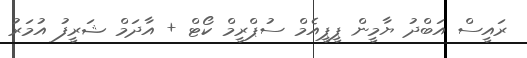
ރައީސް އަބްދު ޔާމީން ޕީޕީއެމް ސުޕްރީމް ކޯޓް + އާދަމް ޝަރީފު އުމަރު